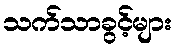
သက်သာခွင့်များ